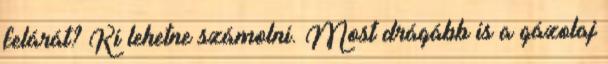
felárát? Ki lehetne számolni. Most drágább is a gázolaj